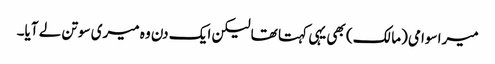
میرا سوامی (مالک) بھی یہی کہتا تھا لیکن ایک دن وہ میری سوتن لے آیا۔